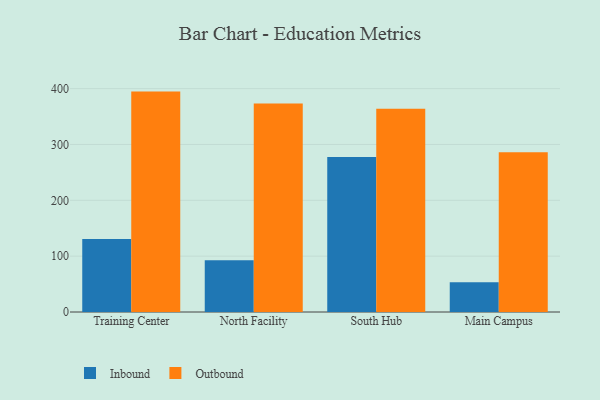
{"axis": {"x": "Campus", "y": "Demand Index"}, "legend": ["Inbound", "Outbound"], "data": [{"x": "Training Center", "y": 130.6, "type": "Inbound"}, {"x": "Training Center", "y": 394.7, "type": "Outbound"}, {"x": "North Facility", "y": 92.5, "type": "Inbound"}, {"x": "North Facility", "y": 373.5, "type": "Outbound"}, {"x": "South Hub", "y": 277.5, "type": "Inbound"}, {"x": "South Hub", "y": 364.0, "type": "Outbound"}, {"x": "Main Campus", "y": 53.4, "type": "Inbound"}, {"x": "Main Campus", "y": 286.3, "type": "Outbound"}]}